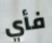
فأي